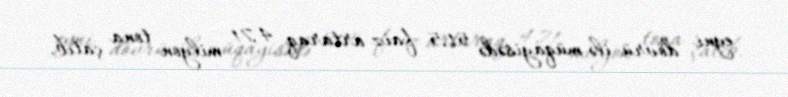
eyni dövrü ilə müqayisədə 51,5 faiz artaraq 4,71 milyon tona çatıb.